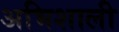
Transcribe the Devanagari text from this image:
अभिशाली